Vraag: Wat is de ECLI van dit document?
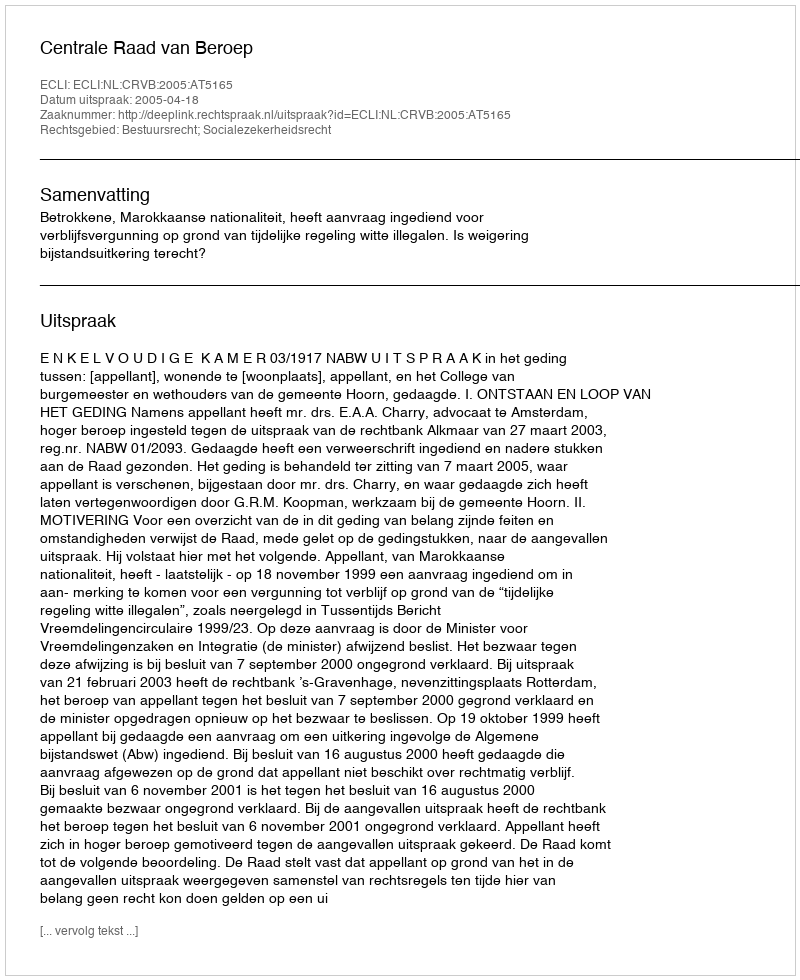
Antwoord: ECLI:NL:CRVB:2005:AT5165